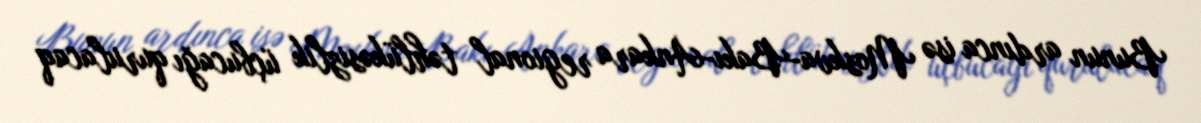
Bunun ardınca isə Moskva-Bakı-Ankara regional təhlükəsizlik üçbucağı qurulacaq